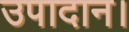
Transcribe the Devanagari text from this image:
उपादान।